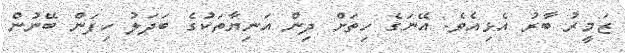
ޒަމީރު ބާރު އެޅިއެވެ. އޭނަގެ ހިތަށް ދިން އަނިޔާތަކުގެ ބަދަލު ހިފަން ބޭނުން